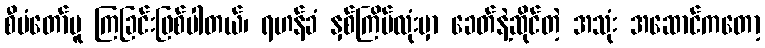
စီမံတော်မူ ကြခြင်းဖြစ်ပါတယ်၊ ရဟန်ခံ နှစ်ကြိမ်လုံးမှာ ခေတ်နဲ့ဆိုင်တဲ့ အသုံး အဆောင်ကတော့